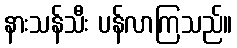
နားသန်သီး ပန်လာကြသည်။